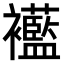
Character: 𧟋